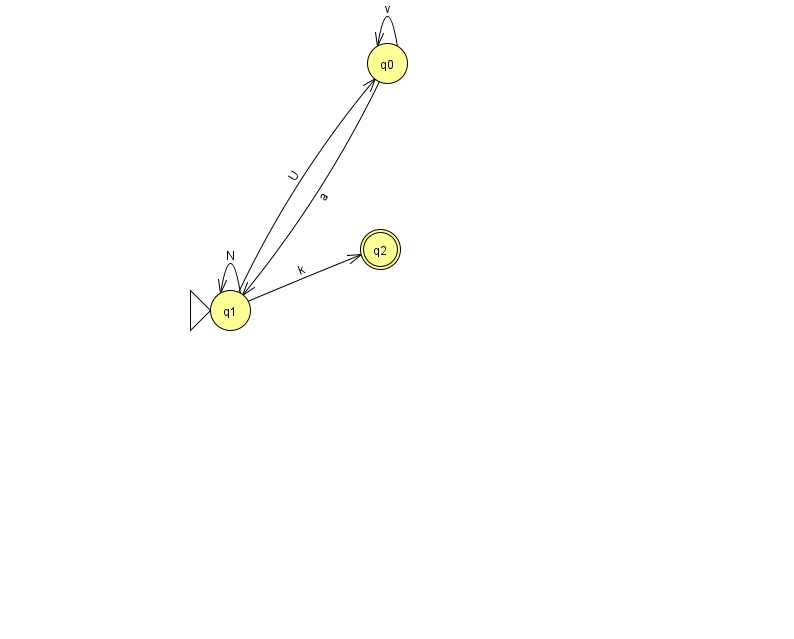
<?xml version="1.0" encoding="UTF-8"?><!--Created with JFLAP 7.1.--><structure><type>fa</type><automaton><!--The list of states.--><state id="0" name="q0"><x>387.0</x><y>50.0</y></state><state id="1" name="q1"><x>230.0</x><y>297.0</y><initial/></state><state id="2" name="q2"><x>380.0</x><y>236.0</y><final/></state><!--The list of transitions.--><transition><from>0</from><to>1</to><read>a</read></transition><transition><from>0</from><to>0</to><read>v</read></transition><transition><from>1</from><to>0</to><read>U</read></transition><transition><from>1</from><to>2</to><read>k</read></transition><transition><from>1</from><to>1</to><read>N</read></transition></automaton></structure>